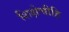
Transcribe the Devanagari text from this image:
शिक्षेचीहि